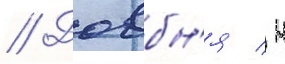
// Довбн'я / н